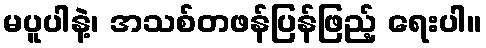
မပူပါနဲ့၊ အသစ်တဖန်ပြန်ဖြည့် ရေးပါ။